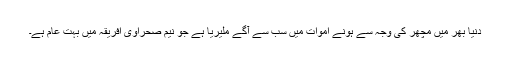
دنیا بھر میں مچھر کی وجہ سے ہونے اموات میں سب سے آگے ملیریا ہے جو نیم صحراوی افریقہ میں بہت عام ہے۔